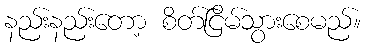
နည်းနည်းတော့ စိတ်ငြိမ်သွားစေမည်။